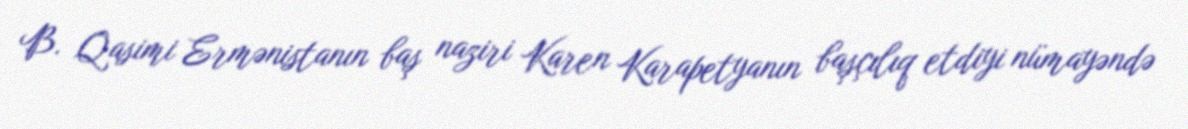
B. Qasimi Ermənistanın baş naziri Karen Karapetyanın başçılıq etdiyi nümayəndə